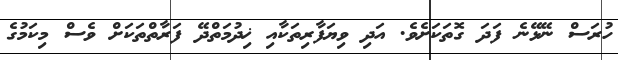
ހުރަސް ނޭޅޭނެ ފަދަ ގޮތަކަށެވެ. އަދި ވިޔަފާރިތަކާއި ޚިދުމަތްދޭ ފަރާތްތަކަށް ވެސް މިކަމުގެ